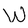
Character: W